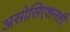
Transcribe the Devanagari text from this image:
असोसिएशनशी